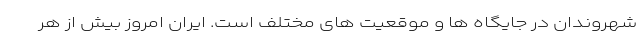
شهروندان در جایگاه ها و موقعیت های مختلف است. ایران امروز بیش از هر